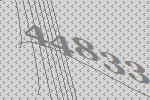
44833